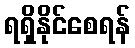
ရရှိနိုင်စေရန်